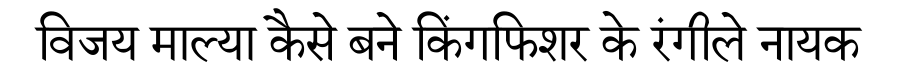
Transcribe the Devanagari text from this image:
विजय माल्या कैसे बने किंगफिशर के रंगीले नायक